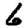
Digit: 6